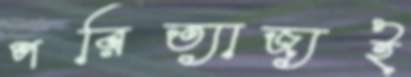
পরিত্যাজ্যই